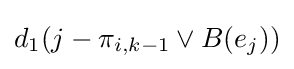
d_{1}(j-\pi _{i,k-1}\lor B(e_{j}))